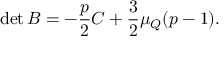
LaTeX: \operatorname * { d e t } { B } = - \frac { p } { 2 } C + \frac { 3 } { 2 } \mu _ { Q } ( p - 1 ) .